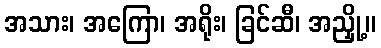
အသား၊ အကြော၊ အရိုး၊ ခြင်ဆီ၊ အညှို့။